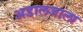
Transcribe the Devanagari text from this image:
अडालजाला